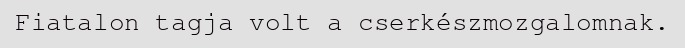
Fiatalon tagja volt a cserkészmozgalomnak.